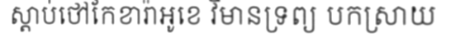
ស្តាប់ថៅកែខារ៉ាអូខេ វិមានទ្រព្យ បកស្រាយ